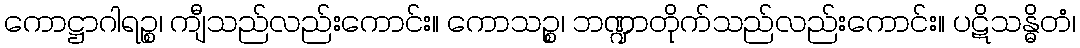
ကောဋ္ဌာဂါရဉ္စ၊ ကျီသည်လည်းကောင်း။ ကောသဉ္စ၊ ဘဏ္ဍာတိုက်သည်လည်းကောင်း။ ပဋိသန္ဓိတံ၊